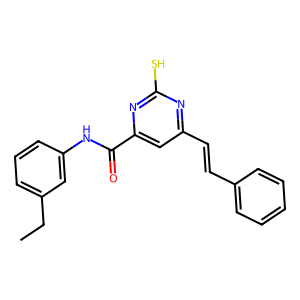
SMILES: CCc1cccc(NC(=O)c2cc(C=Cc3ccccc3)nc(S)n2)c1
Inhibits HIV replication: No